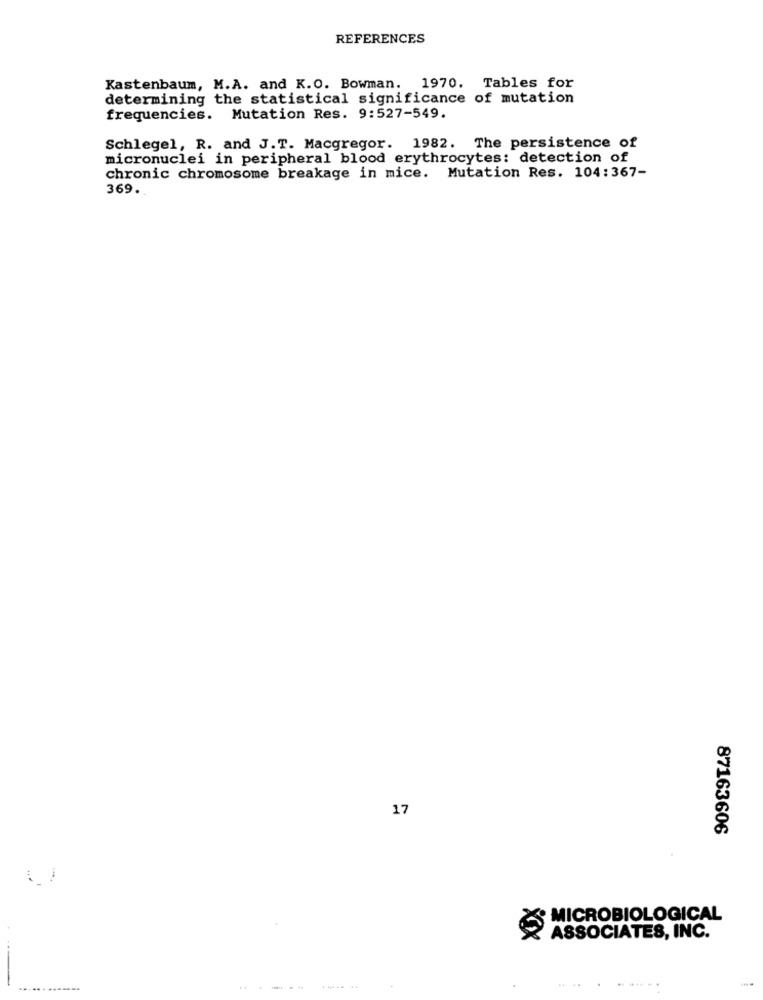
REFERENCES
Kastenbaum, M.A. and K.O. Bowman. 1970. Tables for
determining the statistical significance of mutation
frequencies. Mutation Res. 9:527-549.
Schlegel, R. and J.T. Macgregor. 1982. The persistence of
micronuclei in peripheral blood erythrocytes: detection of
chronic chromosome breakage in mice. Mutation Res. 104:367-
369.
17
87163606
MICROBIOLOGICAL
×
ASSOCIATES, INC.
.....